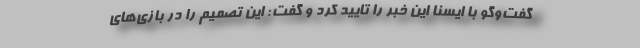
گفت‌وگو با ایسنا این خبر را تایید کرد و گفت: این تصمیم را در بازی‌های